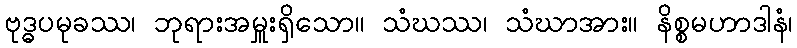
ဗုဒ္ဓပမုခဿ၊ ဘုရားအမှူးရှိသော။ သံဃဿ၊ သံဃာအား။ နိစ္စမဟာဒါနံ၊